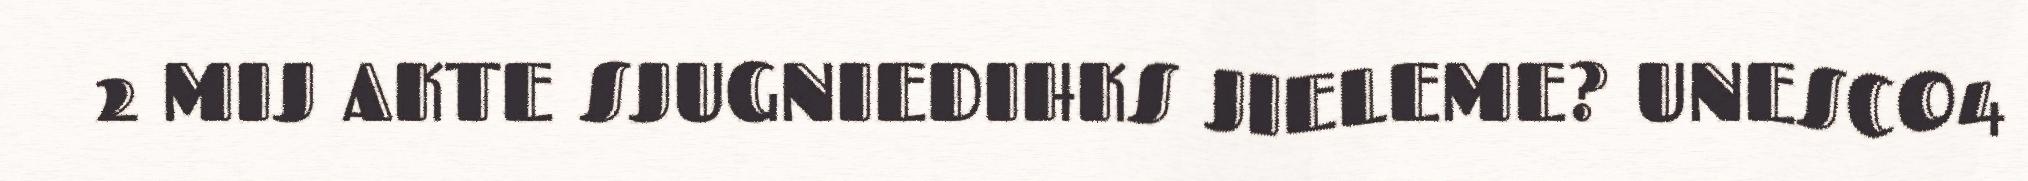
2 MIJ AKTE SJUGNIEDIHKS JIELEME? UNESCO4